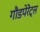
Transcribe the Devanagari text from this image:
गौडपेरेंट्स